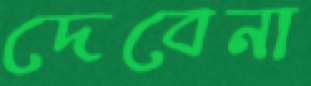
দেবেনা